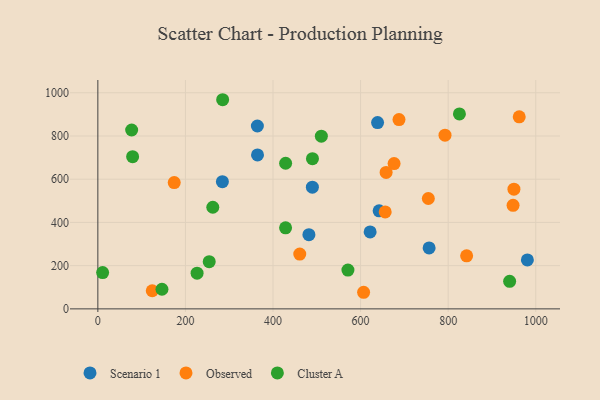
{"axis": {"x": "Distance", "y": "Exam Score"}, "legend": ["Cluster A", "Observed", "Scenario 1"], "data": [{"x": "284.4", "y": 588.3, "type": "Scenario 1"}, {"x": "489.9", "y": 562.9, "type": "Scenario 1"}, {"x": "638.8", "y": 862.0, "type": "Scenario 1"}, {"x": "621.8", "y": 355.8, "type": "Scenario 1"}, {"x": "364.6", "y": 712.2, "type": "Scenario 1"}, {"x": "756.5", "y": 281.9, "type": "Scenario 1"}, {"x": "364.3", "y": 846.1, "type": "Scenario 1"}, {"x": "642.3", "y": 453.6, "type": "Scenario 1"}, {"x": "482.0", "y": 343.5, "type": "Scenario 1"}, {"x": "980.9", "y": 226.5, "type": "Scenario 1"}, {"x": "842.2", "y": 245.6, "type": "Observed"}, {"x": "950.2", "y": 553.6, "type": "Observed"}, {"x": "656.2", "y": 448.5, "type": "Observed"}, {"x": "754.7", "y": 510.6, "type": "Observed"}, {"x": "461.1", "y": 253.7, "type": "Observed"}, {"x": "606.9", "y": 76.8, "type": "Observed"}, {"x": "676.5", "y": 672.1, "type": "Observed"}, {"x": "792.8", "y": 803.7, "type": "Observed"}, {"x": "174.4", "y": 584.2, "type": "Observed"}, {"x": "687.7", "y": 875.7, "type": "Observed"}, {"x": "124.2", "y": 83.9, "type": "Observed"}, {"x": "962.3", "y": 888.5, "type": "Observed"}, {"x": "948.2", "y": 479.0, "type": "Observed"}, {"x": "658.3", "y": 631.3, "type": "Observed"}, {"x": "226.6", "y": 165.3, "type": "Cluster A"}, {"x": "262.5", "y": 470.3, "type": "Cluster A"}, {"x": "428.7", "y": 374.8, "type": "Cluster A"}, {"x": "510.4", "y": 799.0, "type": "Cluster A"}, {"x": "285.0", "y": 967.7, "type": "Cluster A"}, {"x": "825.7", "y": 902.1, "type": "Cluster A"}, {"x": "79.4", "y": 704.0, "type": "Cluster A"}, {"x": "77.2", "y": 827.7, "type": "Cluster A"}, {"x": "428.8", "y": 673.8, "type": "Cluster A"}, {"x": "490.1", "y": 695.1, "type": "Cluster A"}, {"x": "10.9", "y": 168.0, "type": "Cluster A"}, {"x": "571.1", "y": 179.5, "type": "Cluster A"}, {"x": "146.4", "y": 90.8, "type": "Cluster A"}, {"x": "254.3", "y": 218.3, "type": "Cluster A"}, {"x": "940.4", "y": 127.6, "type": "Cluster A"}]}